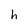
Character: h